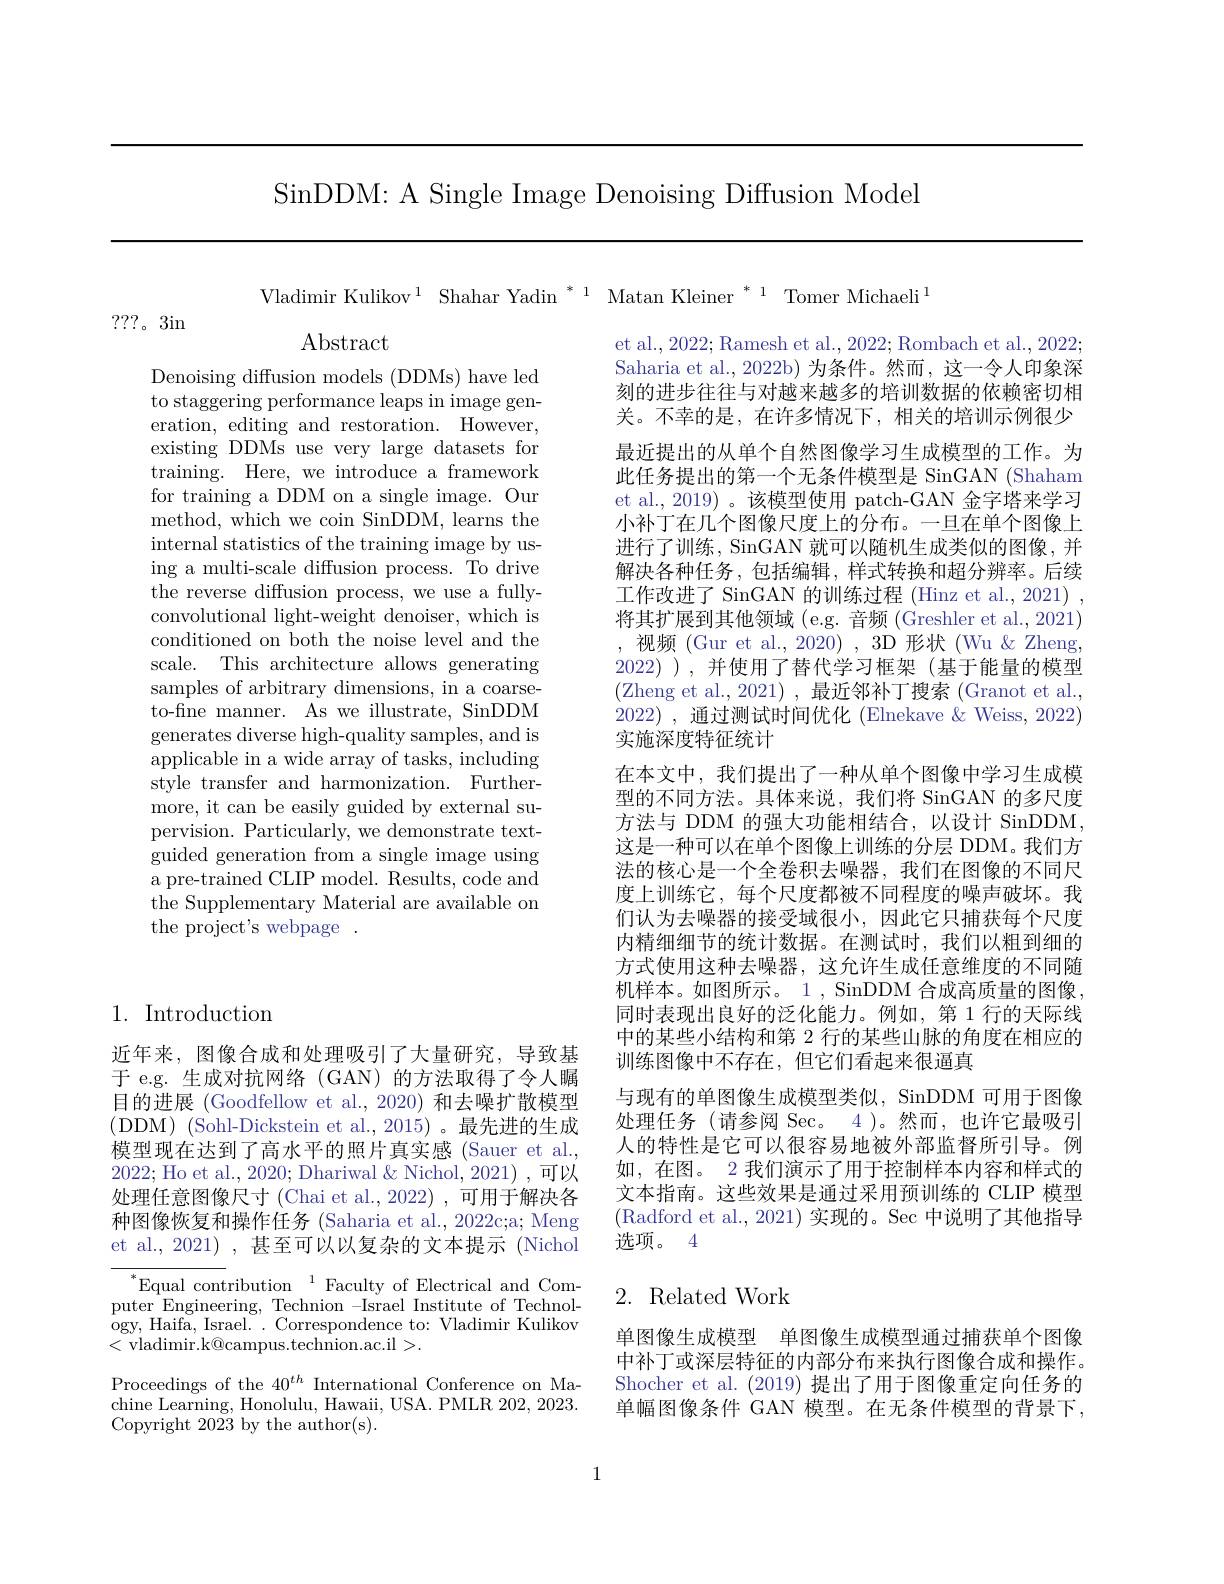
SinDDM: A Single Image Denoising Diffusion Model

Vladimir Kulikov$^1\text{Shahar Yadin}^{*\:1}$ Matan Kleiner$^*1$ Tomer Michaeli$^1$

???。3in

Abstract

Denoising diffusion models (DDMs) have led to staggering performance leaps in image generation, editing and restoration. However, existing DDMs use very large datasets for training. Here, we introduce a framework for training a DDM on a single image. Our method, which we coin SinDDM, learns the internal statistics of the training image by using a multi-scale diffusion process. To drive the reverse diffusion process, we use a fullyconvolutional light-weight denoiser, which is conditioned on both the noise level and the scale. This architecture allows generating samples of arbitrary dimensions, in a coarseto-fine manner. As we illustrate, SinDDM generates diverse high-quality samples, and is applicable in a wide array of tasks, including style transfer and harmonization. Furthermore, it can be easily guided by external supervision. Particularly, we demonstrate textguided generation from a single image using a pre-trained CLIP model. Results, code and the Supplementary Material are available on the project's webpage .

et al., 2022; Ramesh et al., 2022; Rombach et al., 2022; Saharia et al., 2022b) 为条件。然而，这一令人印象深刻的进步往往与对越来越多的培训数据的依赖密切相关。不幸的是，在许多情况下，相关的培训示例很少最近提出的从单个自然图像学习生成模型的工作。为此任务提出的第一个无条件模型是 SinGAN (Shaham et al.,2019)。该模型使用 patch-GAN 金字塔来学习小补丁在几个图像尺度上的分布。一旦在单个图像上进行了训练，SinGAN 就可以随机生成类似的图像，并解决各种任务，包括编辑，样式转换和超分辨率。后续工作改进了 SinGAN 的训练过程 (Hinz et al., 2021) , 将其扩展到其他领域 (e.g. 音频 (Greshler et al., 2021) ,视频 (Gur et al.,2020),3D形状(Wu&Zheng, 2022) ),并使用了替代学习框架(基于能量的模型(Zheng et al., 2021) , 最近邻补丁搜索 (Granot et al., 2022) ,通过测试时间优化 (Elnekave &Weiss, 2022) 实施深度特征统计
在本文中，我们提出了一种从单个图像中学习生成模型的不同方法。具体来说，我们将 SinGAN 的多尺度方法与 DDM 的强大功能相结合，以设计 SinDDM, 这是一种可以在单个图像上训练的分层 DDM。我们方法的核心是一个全卷积去噪器，我们在图像的不同尺度上训练它，每个尺度都被不同程度的噪声破坏。我们认为去噪器的接受域很小，因此它只捕获每个尺度内精细细节的统计数据。在测试时，我们以粗到细的方式使用这种去噪器，这允许生成任意维度的不同随机样本。如图所示。1, SinDDM 合成高质量的图像， 同时表现出良好的泛化能力。例如，第 1 行的天际线中的某些小结构和第 2 行的某些山脉的角度在相应的训练图像中不存在，但它们看起来很逼真
与现有的单图像生成模型类似，SinDDM 可用于图像处理任务 (请参阅 Sec。4 )。然而，也许它最吸弓人的特性是它可以很容易地被外部监督所引导。例如，在图。2 我们演示了用于控制样本内容和样式的文本指南。这些效果是通过采用预训练的 CLIP 模型(Radford et al., 2021) 实现的。Sec 中说明了其他指导选项。4

# 1. Introduction

近年来，图像合成和处理吸引了大量研究，导致基于 e.g. 生成对抗网络 (GAN) 的方法取得了令人瞩目的进展 (Goodfellow et al., 2020) 和去噪扩散模型( DDM) ( Sohl- Dickstein et al. , 2015) 。最 先 进 的 生 成 模型现在达到了高水平的照片真实感(Sauer et al., 2022; Ho et al., 2020; Dhariwal & Nichol, 2021) ,可以处理任意图像尺寸 (Chai et al.,2022) ,可用于解决各种图像恢复和操作任务 (Saharia et al., 2022c;a; Meng et al., 2021) , 甚至可以以复杂的文本提示 (Nichol

## 2. Related Work

${^{*}\text{Equal contribution}}^{*}$Faculty of Electrical and Computer Engineering, Technion -Israel Institute of Technology, Haifa, Israel. . Correspondence to: Vladimir Kulikow <vladimir.k@campus.technion.ac.il>.

单图像生成模型 单图像生成模型通过捕获单个图像中补丁或深层特征的内部分布来执行图像合成和操作。Shocher et al. (2019) 提出了用于图像重定向任务的单幅图像条件 GAN 模型。在无条件模型的背景下，

Proceedings of the $40^{th}$ International Conference on Ma- $\operatorname{chine}$ Learning, Honolulu, Hawaii, USA. PMLR 202, 2023. Copyright 2023 by the author(s).

1